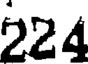
224